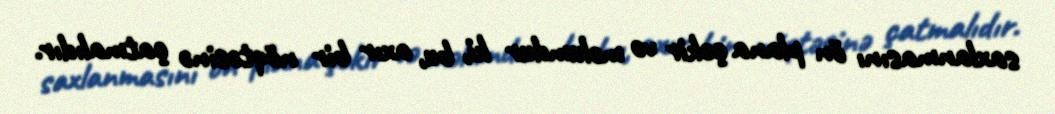
saxlanmasını ön plana çəkir və məlumdur ki, bu, axır bir nöqtəsinə çatmalıdır.